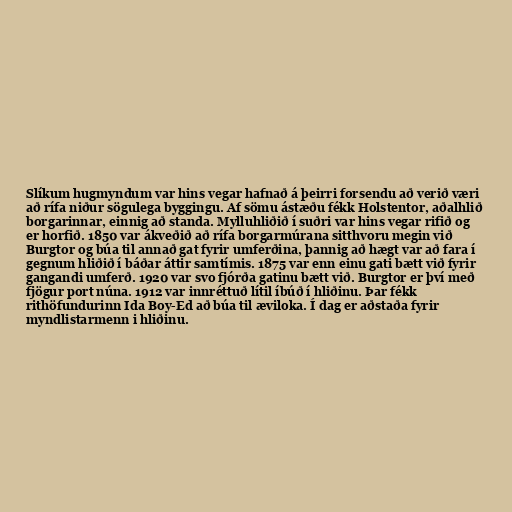
Slíkum hugmyndum var hins vegar hafnað á þeirri forsendu að verið væri
að rífa niður sögulega byggingu. Af sömu ástæðu fékk Holstentor, aðalhlið
borgarinnar, einnig að standa. Mylluhliðið í suðri var hins vegar rifið og
er horfið. 1850 var ákveðið að rífa borgarmúrana sitthvoru megin við
Burgtor og búa til annað gat fyrir umferðina, þannig að hægt var að fara í
gegnum hliðið í báðar áttir samtímis. 1875 var enn einu gati bætt við fyrir
gangandi umferð. 1920 var svo fjórða gatinu bætt við. Burgtor er því með
fjögur port núna. 1912 var innréttuð lítil íbúð í hliðinu. Þar fékk
rithöfundurinn Ida Boy-Ed að búa til æviloka. Í dag er aðstaða fyrir
myndlistarmenn i hliðinu.